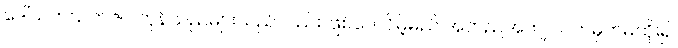
ဒေါ်သက်သက်ဇင် ကုန်သည်များသည်လည်း ဖြစ်ပေလိမ့်မည် အတည်အကျ လက်မှတ်မထိုး၍